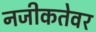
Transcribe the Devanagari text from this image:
नजीकतेवर